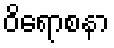
ဝိရောစနာ